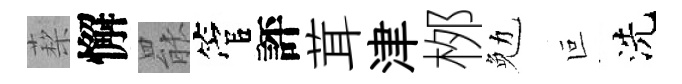
蔾懈罷管評茸津桞勉叵洗